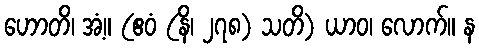
ဟောတိ၊ အံ့။ (ဧဝံ (နိ၊ ၂၇၈) သတိ) ယာဝ၊ လောက်။ န